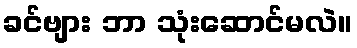
ခင်ဗျား ဘာ သုံးဆောင်မလဲ။